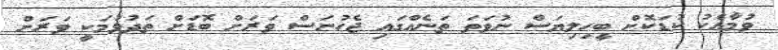
ވުމާއެކު ކުޑަކޮށް ބީހިލިޔަސް ނުވަތަ ތަނެއްގައި ޖެހުނަސް ވަރަށް ބޮޑަށް ތަދުވުމަކީ ވަރަށް